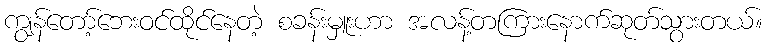
ကျွန်တော့်ဘေးဝင်ထိုင်နေတဲ့ စခန်းမှူးဟာ အလန့်တကြားနောက်ဆုတ်သွားတယ်။